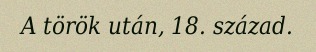
A török után, 18. század.